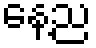
နေ့ည